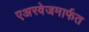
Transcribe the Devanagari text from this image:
एअरवेजमार्फत